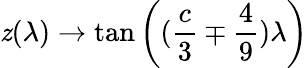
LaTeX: \mathit{z}(\lambda)\rightarrow\tan\left((\frac{{c}}{{3}}\mp\frac{{4}}{{9}})\lambda\right)